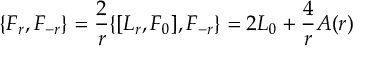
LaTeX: \{ F _ { r } , F _ { - r } \} = \frac { 2 } { r } \{ [ L _ { r } , F _ { 0 } ] , F _ { - r } \} = 2 L _ { 0 } + \frac { 4 } { r } A ( r )